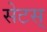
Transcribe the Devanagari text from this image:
सेटस्